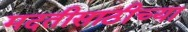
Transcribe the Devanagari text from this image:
मदतीसाठीच्या